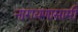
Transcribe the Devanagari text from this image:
नारायणासामी